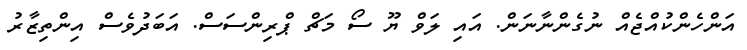
އަންހެންކުއްޖެއް ނުގެންނާނަން. އައި ލަވް ޔޫ ސޯ މަޗް ޕްރިންސަސް. އަބަދުވެސް އިންތިޒާރު